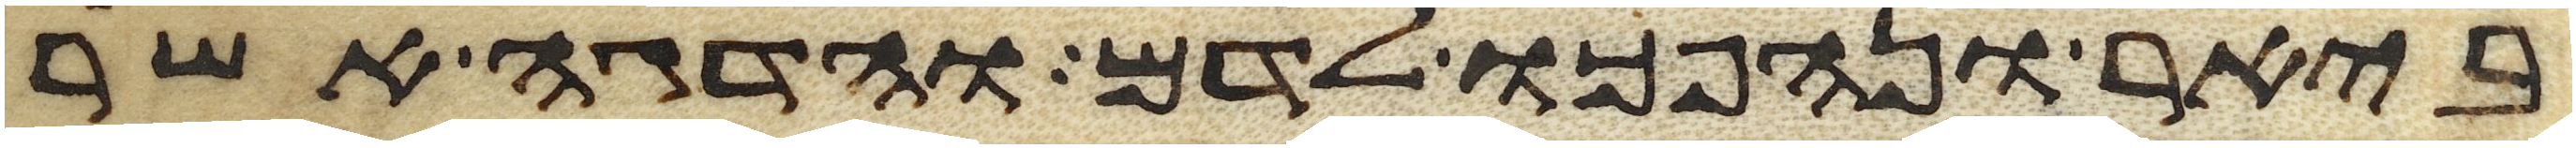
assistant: ביאר ונהפכו לדם והדגה אשר